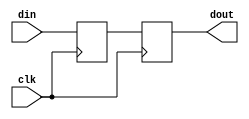
///////////////////////////////////////////////////////////////////
//=================================================================
//  Copyright(c) Superion Technology Group Inc., 2015
//  ALL RIGHTS RESERVED
//  $Id:  $
//=================================================================
//
// Description : synchronizer used in ATmega328p is latch followed
//                by flop
//
//=================================================================
///////////////////////////////////////////////////////////////////

module synch (input clk,
              input  din,
              output reg dout);

  //reg                din_latch;
  //always_latch begin
  //   if (clk) din_latch <= din;
  //end
  //always @(posedge clk) dout <= din_latch;

  // Max10 device doesn't have latches, so use flop instead
  reg                din_flop;
  always @(negedge clk) din_flop <= din;
  always @(posedge clk) dout <= din_flop;
endmodule // synch